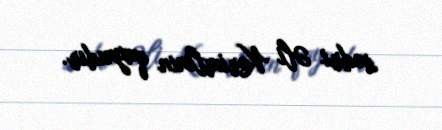
sədri Əli Kərimlinin qaynıdır.